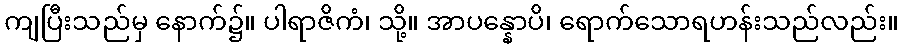
ကျပြီးသည်မှ နောက်၌။ ပါရာဇိကံ၊ သို့။ အာပန္နောပိ၊ ရောက်သောရဟန်းသည်လည်း။